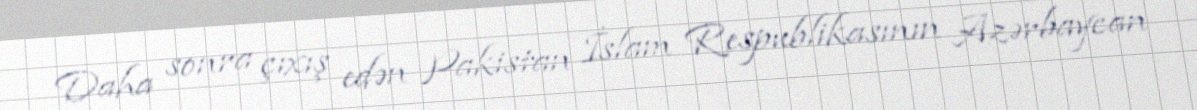
Daha sonra çıxış edən Pakistan İslam Respublikasının Azərbaycan